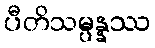
ပီတိသမ္ပန္နဿ